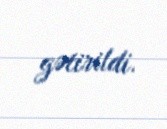
gətirildi.